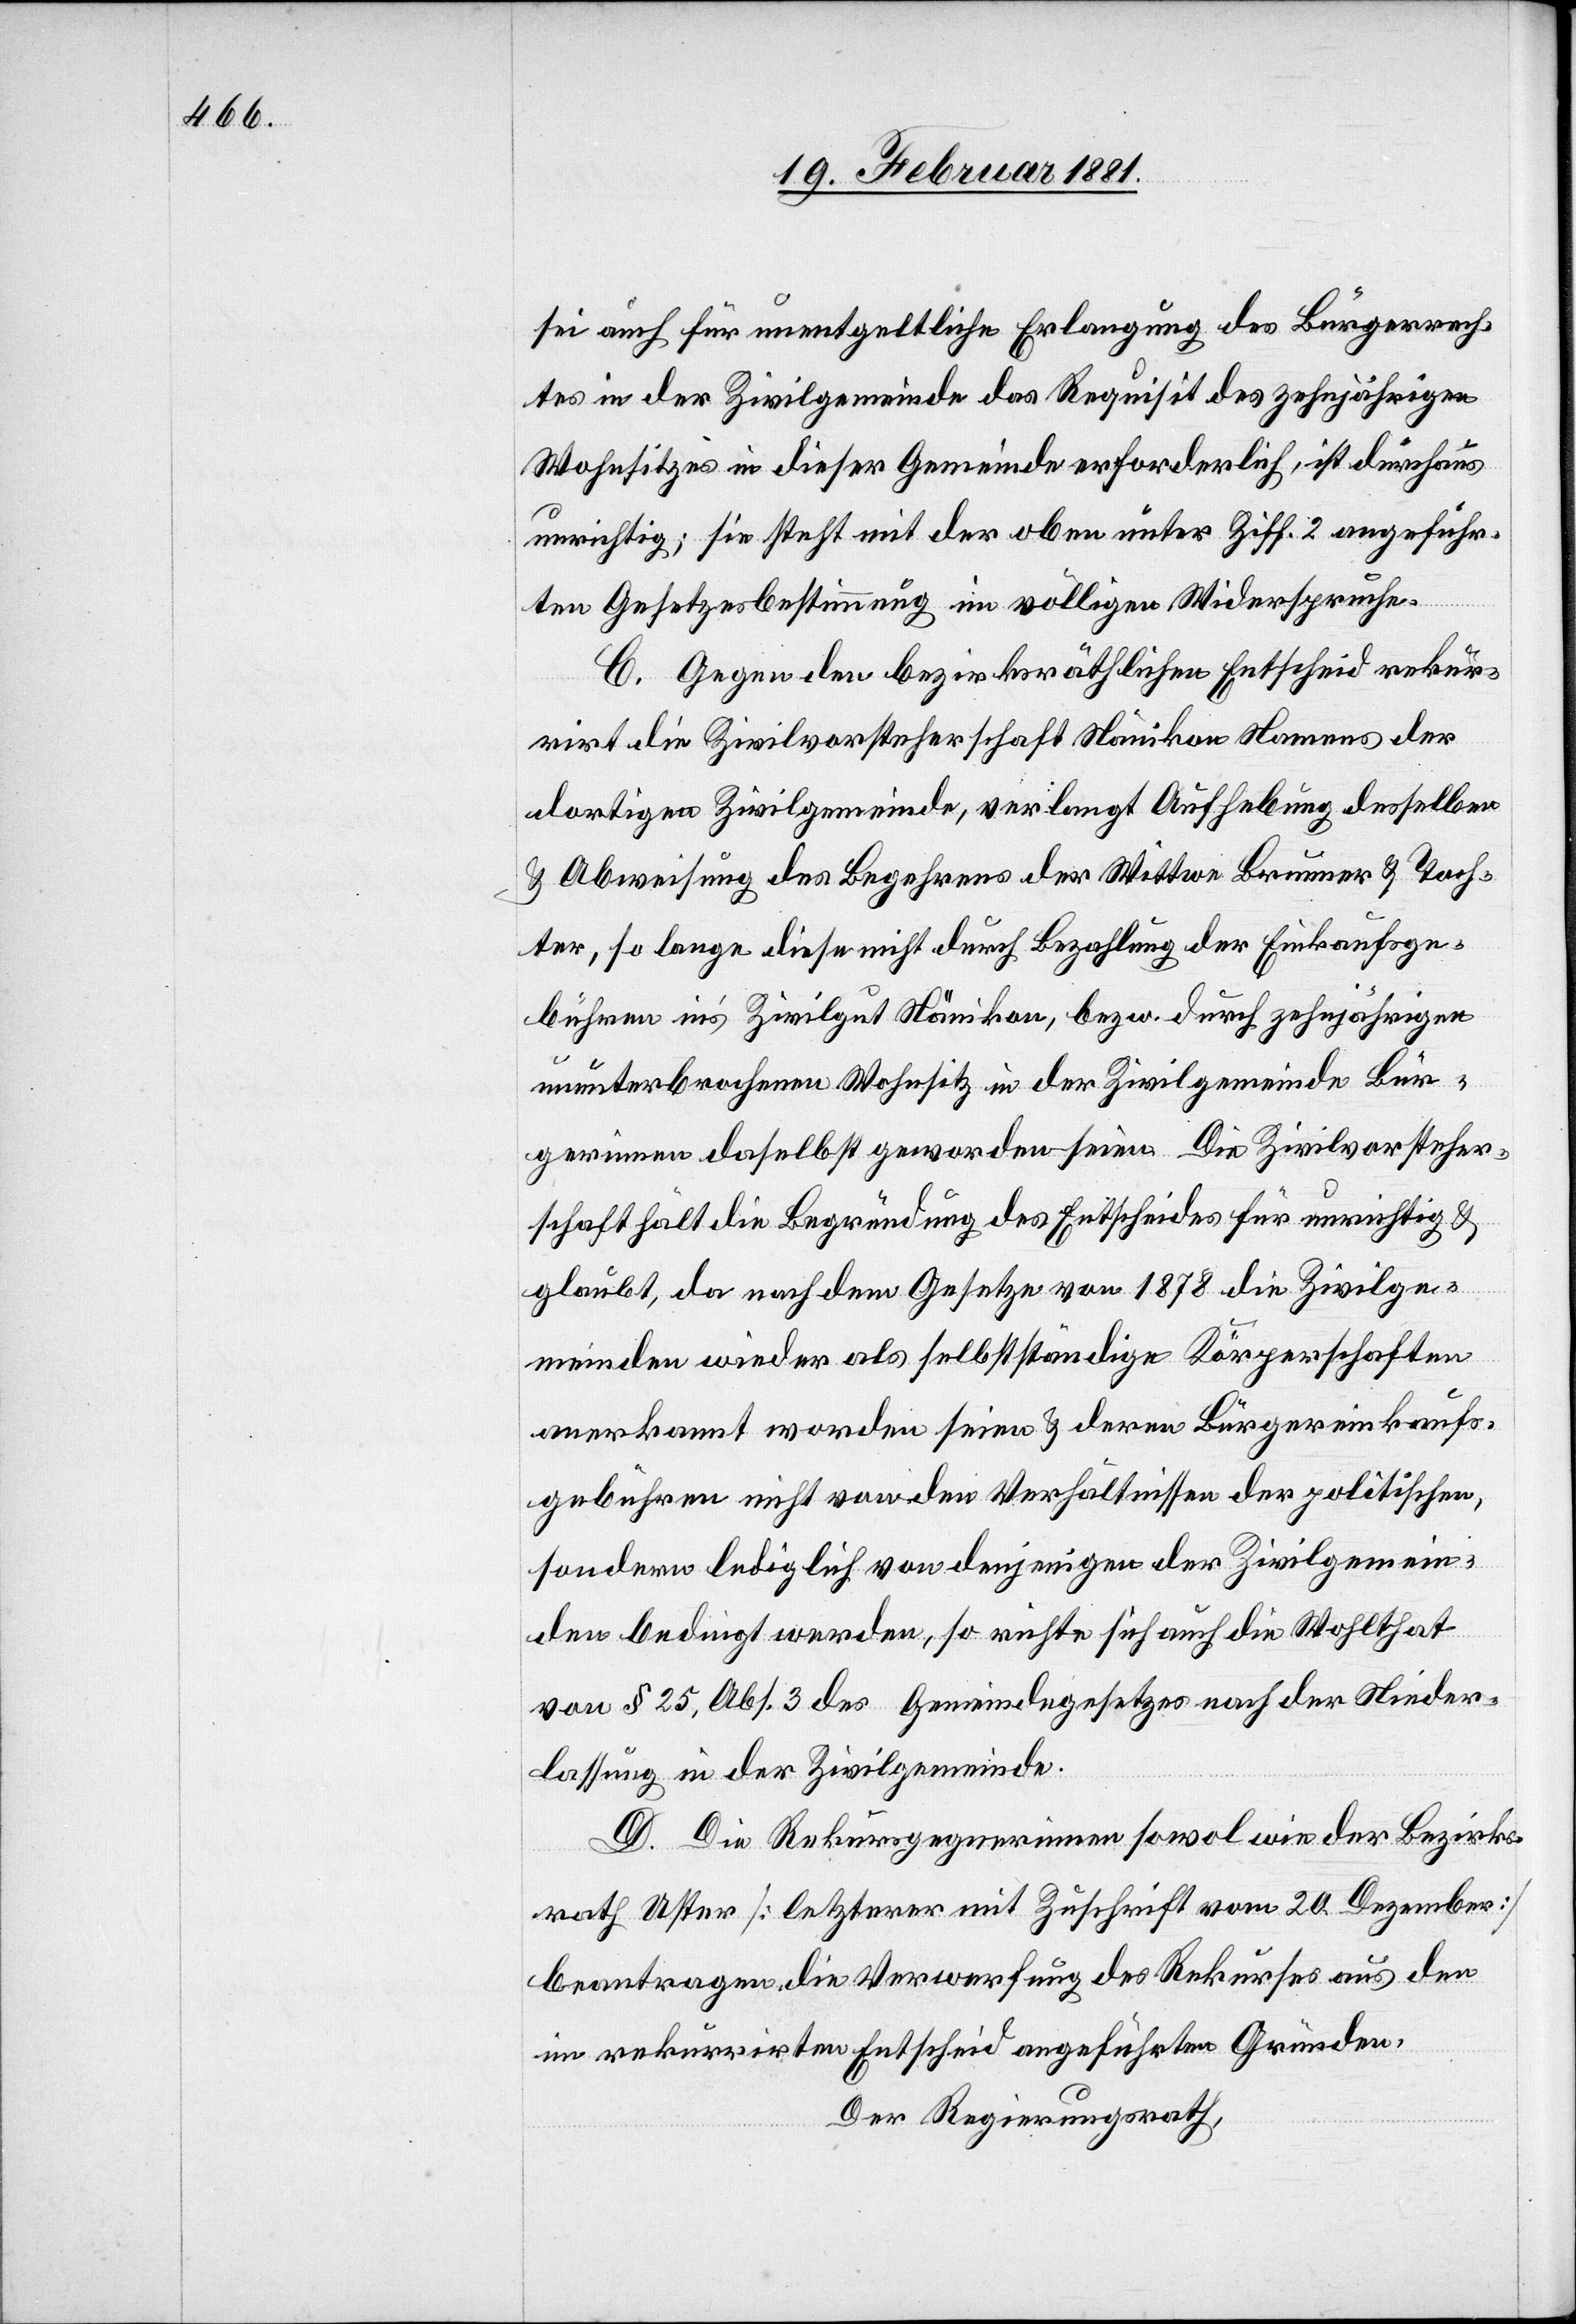
sei auch für unentgeltliche Erlangung des Bürgerrech¬
tes in der Zivilgemeinde das Requisit des zehnjährigen
Wohnsitzes in dieser Gemeinde erforderlich, ist durchaus
unrichtig; sie steht mit der oben unter Ziff. 2 angeführ¬
ten Gesetzesbestimmung im völligen Widerspruche.
C. Gegen den bezirksräthlichen Entscheid rekur¬
rirt die Zivilvorsteherschaft Nänikon Namens der
dortigen Zivilgemeinde, verlangt Aufhebung desselben
& Abweisung des Begehrens der Wittwe Brunner & Toch¬
ter, so lange diese nicht durch Bezahlung der Einkaufsge¬
bühren in’s Zivilgut Nänikon, bezw. durch zehnjährigen
ununterbrochenen Wohnsitz in der Zivilgemeinde Bür¬
gerinnen daselbst geworden seien. Die Zivilvorsteher¬
schaft hält die Begründung des Entscheides für unrichtig &
glaubt, da nach dem Gesetze von 1878 die Zivilge¬
meinden wieder als selbstständige Körperschaften
anerkannt worden seien & deren Bürgereinkaufs¬
gebühren nicht von den Verhältnissen der politischen,
sondern lediglich von denjenigen der Zivilgemein¬
den bedingt werden, so richte sich auch die Wohlthat
von § 25, Abs. 3 des Gemeindegesetzes nach der Nieder¬
lassung in der Zivilgemeinde.
D. Die Rekursgegnerinnen sowol wie der Bezirks¬
rath Uster [letzterer mit Zuschrift vom 20. Dezember]
beantragen die Verwerfung des Rekurses aus den
im rekurrirten Entscheid angeführten Gründen.
Der Regierungsrath,